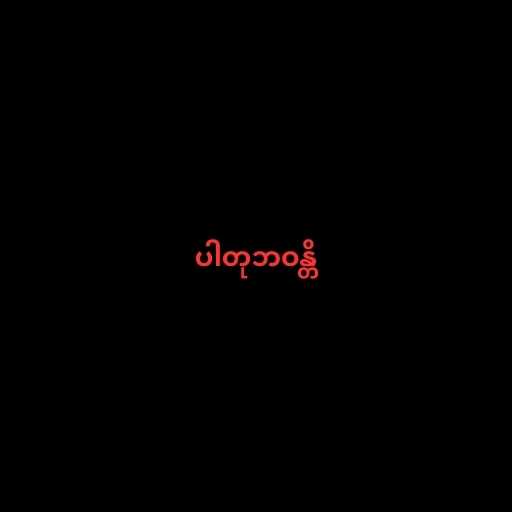
ပါတုဘဝန္တိ